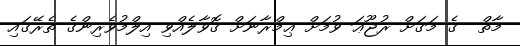
މާތް  ގެ މަގަށް ރުޖޫޢަ ވުމަށް ޢިމްރާނަށް ގޮވާލެއްވި އިލްމުވެރިންގެ ތެރޭގައި